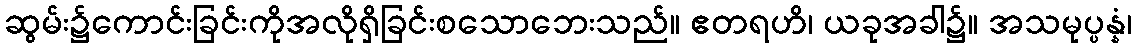
ဆွမ်း၌ကောင်းခြင်းကိုအလိုရှိခြင်းစသောဘေးသည်။ ဧတရဟိ၊ ယခုအခါ၌။ အသမုပ္ပန္နံ၊